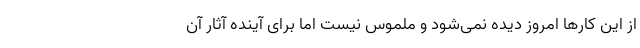
از این کارها امروز دیده نمی‌شود و ملموس نیست اما برای آینده آثار آن